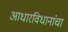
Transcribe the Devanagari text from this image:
आधारविधानांचा